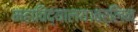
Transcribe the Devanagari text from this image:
महाविद्यालय।बर्लिन